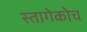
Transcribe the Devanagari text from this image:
स्तागेकोच